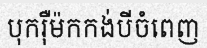
បុករ៉ឺម៉កកង់បីចំពេញ